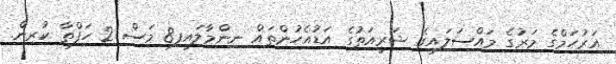
އަރުހަމްގެ މަރުގެ މައްސަލައިގެ ޝަރީއަތުގެ އަޑުއެހުންތައް ނިންމާލައިފި8 މަސް 2 ހަފްތާ ކުރިން.